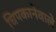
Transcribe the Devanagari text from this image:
चिपकानेवाले